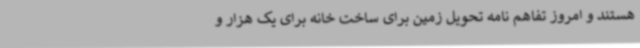
هستند و امروز تفاهم نامه تحویل زمین برای ساخت خانه برای یک هزار و